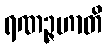
ရဏဉ္ဇဟာတိ